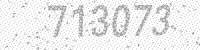
Solution: 713073